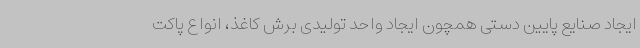
ایجاد صنایع پایین دستی همچون ایجاد واحد تولیدی برش کاغذ، انواع پاکت